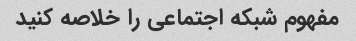
مفهوم شبکه اجتماعی را خلاصه کنید